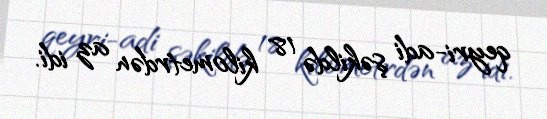
qeyri-adi şəkildə 18 kilometrdən az idi.